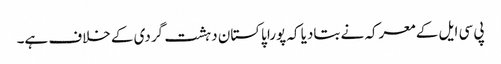
پی سی ایل کے معرکہ نے بتادیا کہ پورا پاکستان دہشت گردی کے خلاف ہے۔